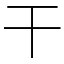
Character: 干